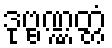
ဒုဗ္ဗဏ္ဏတ္တံ